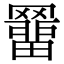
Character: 羀